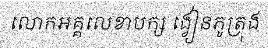
លោកអគ្គលេខាបក្ស ង្វៀនភូត្រុង